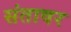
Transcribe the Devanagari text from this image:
संतावर